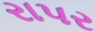
રાપર